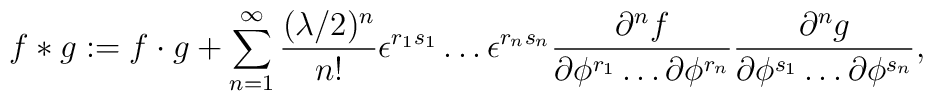
f\ast g:= f\cdot g+\sum^{\infty}_{n=1}{(\lambda/2)^n\over n!}\epsilon^{r_{1}s_{1}}\dots\epsilon^{r_{n}s_{n}}{\partial^n f\over\partial\phi^{r_{1}}\dots\partial\phi^{r_{n}}}{\partial^n g\over\partial\phi^{s_{1}}\dots\partial\phi^{s_{n}}},